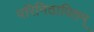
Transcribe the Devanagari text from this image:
परिनिठापितम्